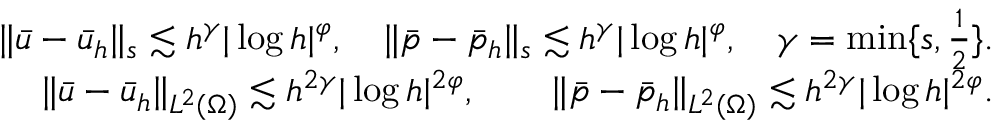
\begin{array} { r } { \| \bar { u } - \bar { u } _ { h } \| _ { s } \lesssim h ^ { \gamma } | \log h | ^ { \varphi } , \quad \| \bar { p } - \bar { p } _ { h } \| _ { s } \lesssim h ^ { \gamma } | \log h | ^ { \varphi } , \quad \gamma = \operatorname* { m i n } \{ s , \frac { 1 } { 2 } \} . } \\ { \| \bar { u } - \bar { u } _ { h } \| _ { L ^ { 2 } ( \Omega ) } \lesssim h ^ { 2 \gamma } | \log h | ^ { 2 \varphi } , \qquad \| \bar { p } - \bar { p } _ { h } \| _ { L ^ { 2 } ( \Omega ) } \lesssim h ^ { 2 \gamma } | \log h | ^ { 2 \varphi } . } \end{array}